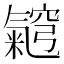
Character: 𭯵